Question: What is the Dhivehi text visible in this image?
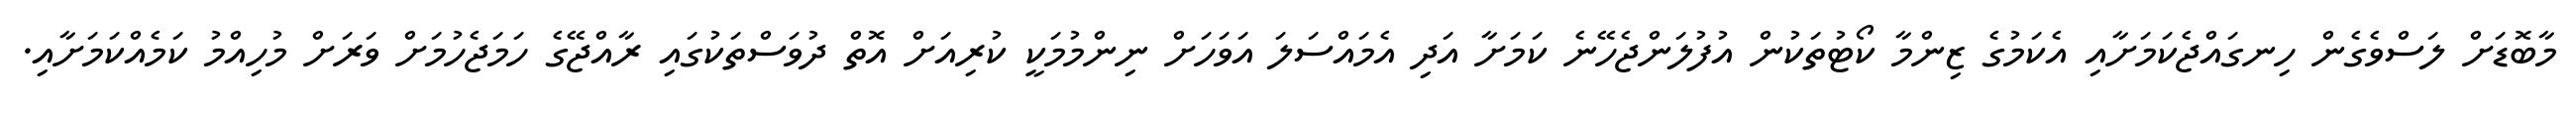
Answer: މާބޮޑަށް ލަސްވެގެން ހިނގައްޖެކަމަށާއި އެކަމުގެ ޒިންމާ ކޯޓުތަކުން އުފުލަންޖެހޭނެ ކަމަށާ އަދި އެމައްސަލަ އަވަހަށް ނިންމުމަކީ ކުރިއަށް އޮތް ދުވަސްތަކުގައި ރާއްޖޭގެ ހަމަޖެހުމަށް ވަރަށް މުހިއްމު ކަމެއްކަމަށާއި.